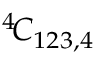
^ { 4 } \! { \cal C } _ { 1 2 3 , 4 }